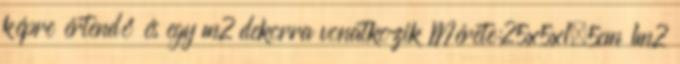
képre értendő és egy m2 dekorra vonatkozik Mérete:25x5x1,5cm 1m2